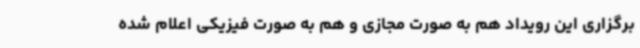
برگزاری این رویداد هم به صورت مجازی و هم به صورت فیزیکی اعلام شده